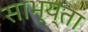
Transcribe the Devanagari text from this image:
साभ्य्ता